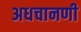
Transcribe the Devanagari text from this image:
अधचानणी